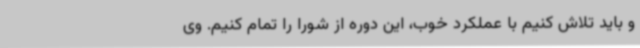
و باید تلاش کنیم با عملکرد خوب، این‌ دوره از شورا را تمام کنیم. وی